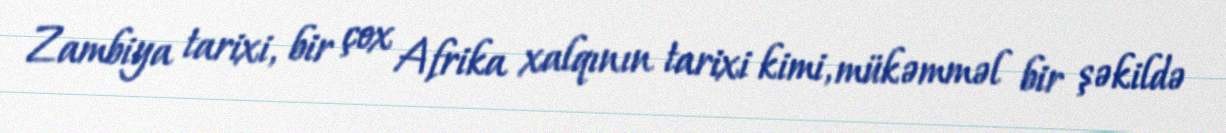
Zambiya tarixi, bir çox Afrika xalqının tarixi kimi, mükəmməl bir şəkildə